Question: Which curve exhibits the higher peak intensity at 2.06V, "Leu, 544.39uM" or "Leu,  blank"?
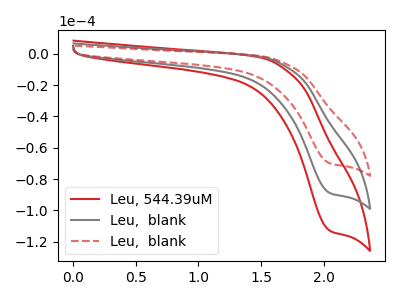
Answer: <think>The red curve "Leu, 544.39uM" has a cathodic peak at: (2.05V, -178.20uA). The gray curve "Leu,  blank" has a cathodic peak at: (2.05V, -89.10uA). The red dashed curve "Leu,  blank" has a cathodic peak at: (2.05V, -70.10uA).</think>
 <answer>The peak at 2.06V is higher in "Leu, 544.39uM" than in "Leu,  blank".</answer>
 <eval>higher</eval>